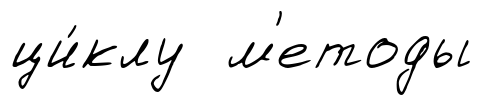
ци́клу м'етоды